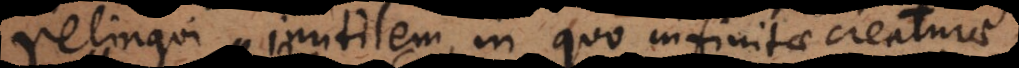
relinqui inutilem, in quo infinitae creaturae